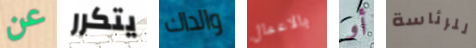
عن يتكرر والداك بالاعمال أو للرئاسة